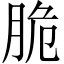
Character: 脆